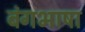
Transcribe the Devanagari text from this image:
बंगभाषा